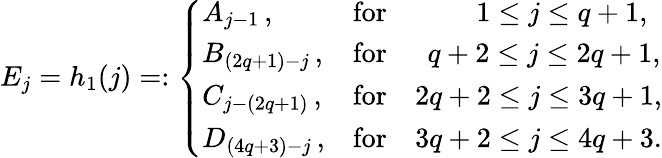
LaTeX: E_{j}=h_{1}(j)=:\left\{ \begin{array}{ll}{A_{j-1}\, ,}&{\textrm{for}\quad\qquad\, 1\leq j\leq q+1,}\\ {B_{(2q+1)-j}\, ,}&{\textrm{for}\quad\; \, q+2\leq j\leq 2q+1,}\\ {C_{j-(2q+1)}\, ,}&{\textrm{for}\quad 2q+2\leq j\leq 3q+1,}\\ {D_{(4q+3)-j}\, ,}&{\textrm{for}\quad 3q+2\leq j\leq 4q+3.}\end{array}\right.